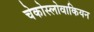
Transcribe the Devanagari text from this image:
चेकोस्लोवाकियन